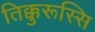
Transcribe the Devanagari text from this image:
तिक्कुरूस्सि